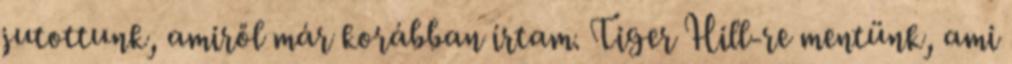
jutottunk, amiről már korábban írtam. Tiger Hill-re mentünk, ami